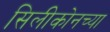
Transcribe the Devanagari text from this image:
सिलीकोनच्या